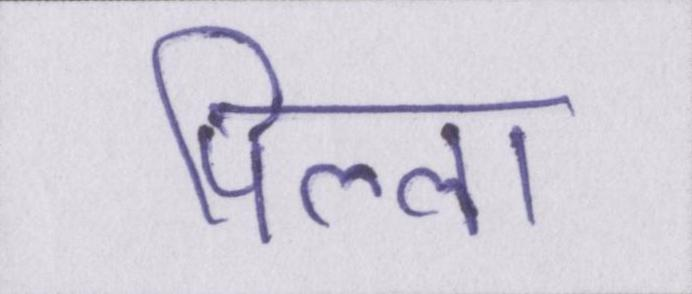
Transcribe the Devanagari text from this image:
पिल्ला